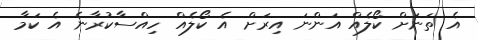
އެ ތަނަށް ކޯލެއް އަންނަ އިރަށް އެ ކޯލެއް ހިއްސާކުރާނެ އެ ކަމާ